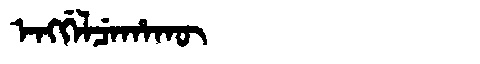
Manchu: ᡝᠩᡤᡝᠯᠴᡝᡥᠠᡴᡡ
Romanization: ENGGELCEHAKŪ